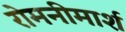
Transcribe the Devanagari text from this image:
रोमनीमार्श